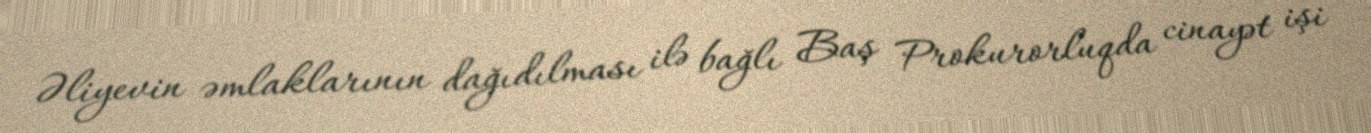
Əliyevin əmlaklarının dağıdılması ilə bağlı Baş Prokurorluqda cinayət işi